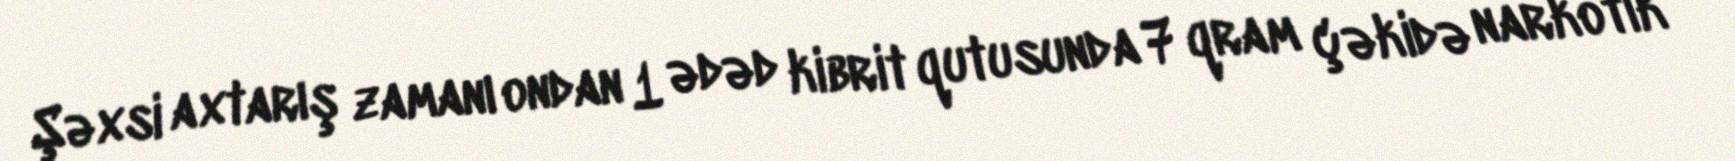
Şəxsi axtarış zamanı ondan 1 ədəd kibrit qutusunda 7 qram çəkidə narkotik